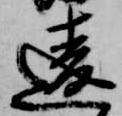
違